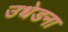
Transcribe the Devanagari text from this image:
उधेडना